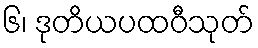
၆၊ ဒုတိယပထဝီသုတ်